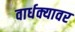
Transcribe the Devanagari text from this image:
वार्धक्यावर